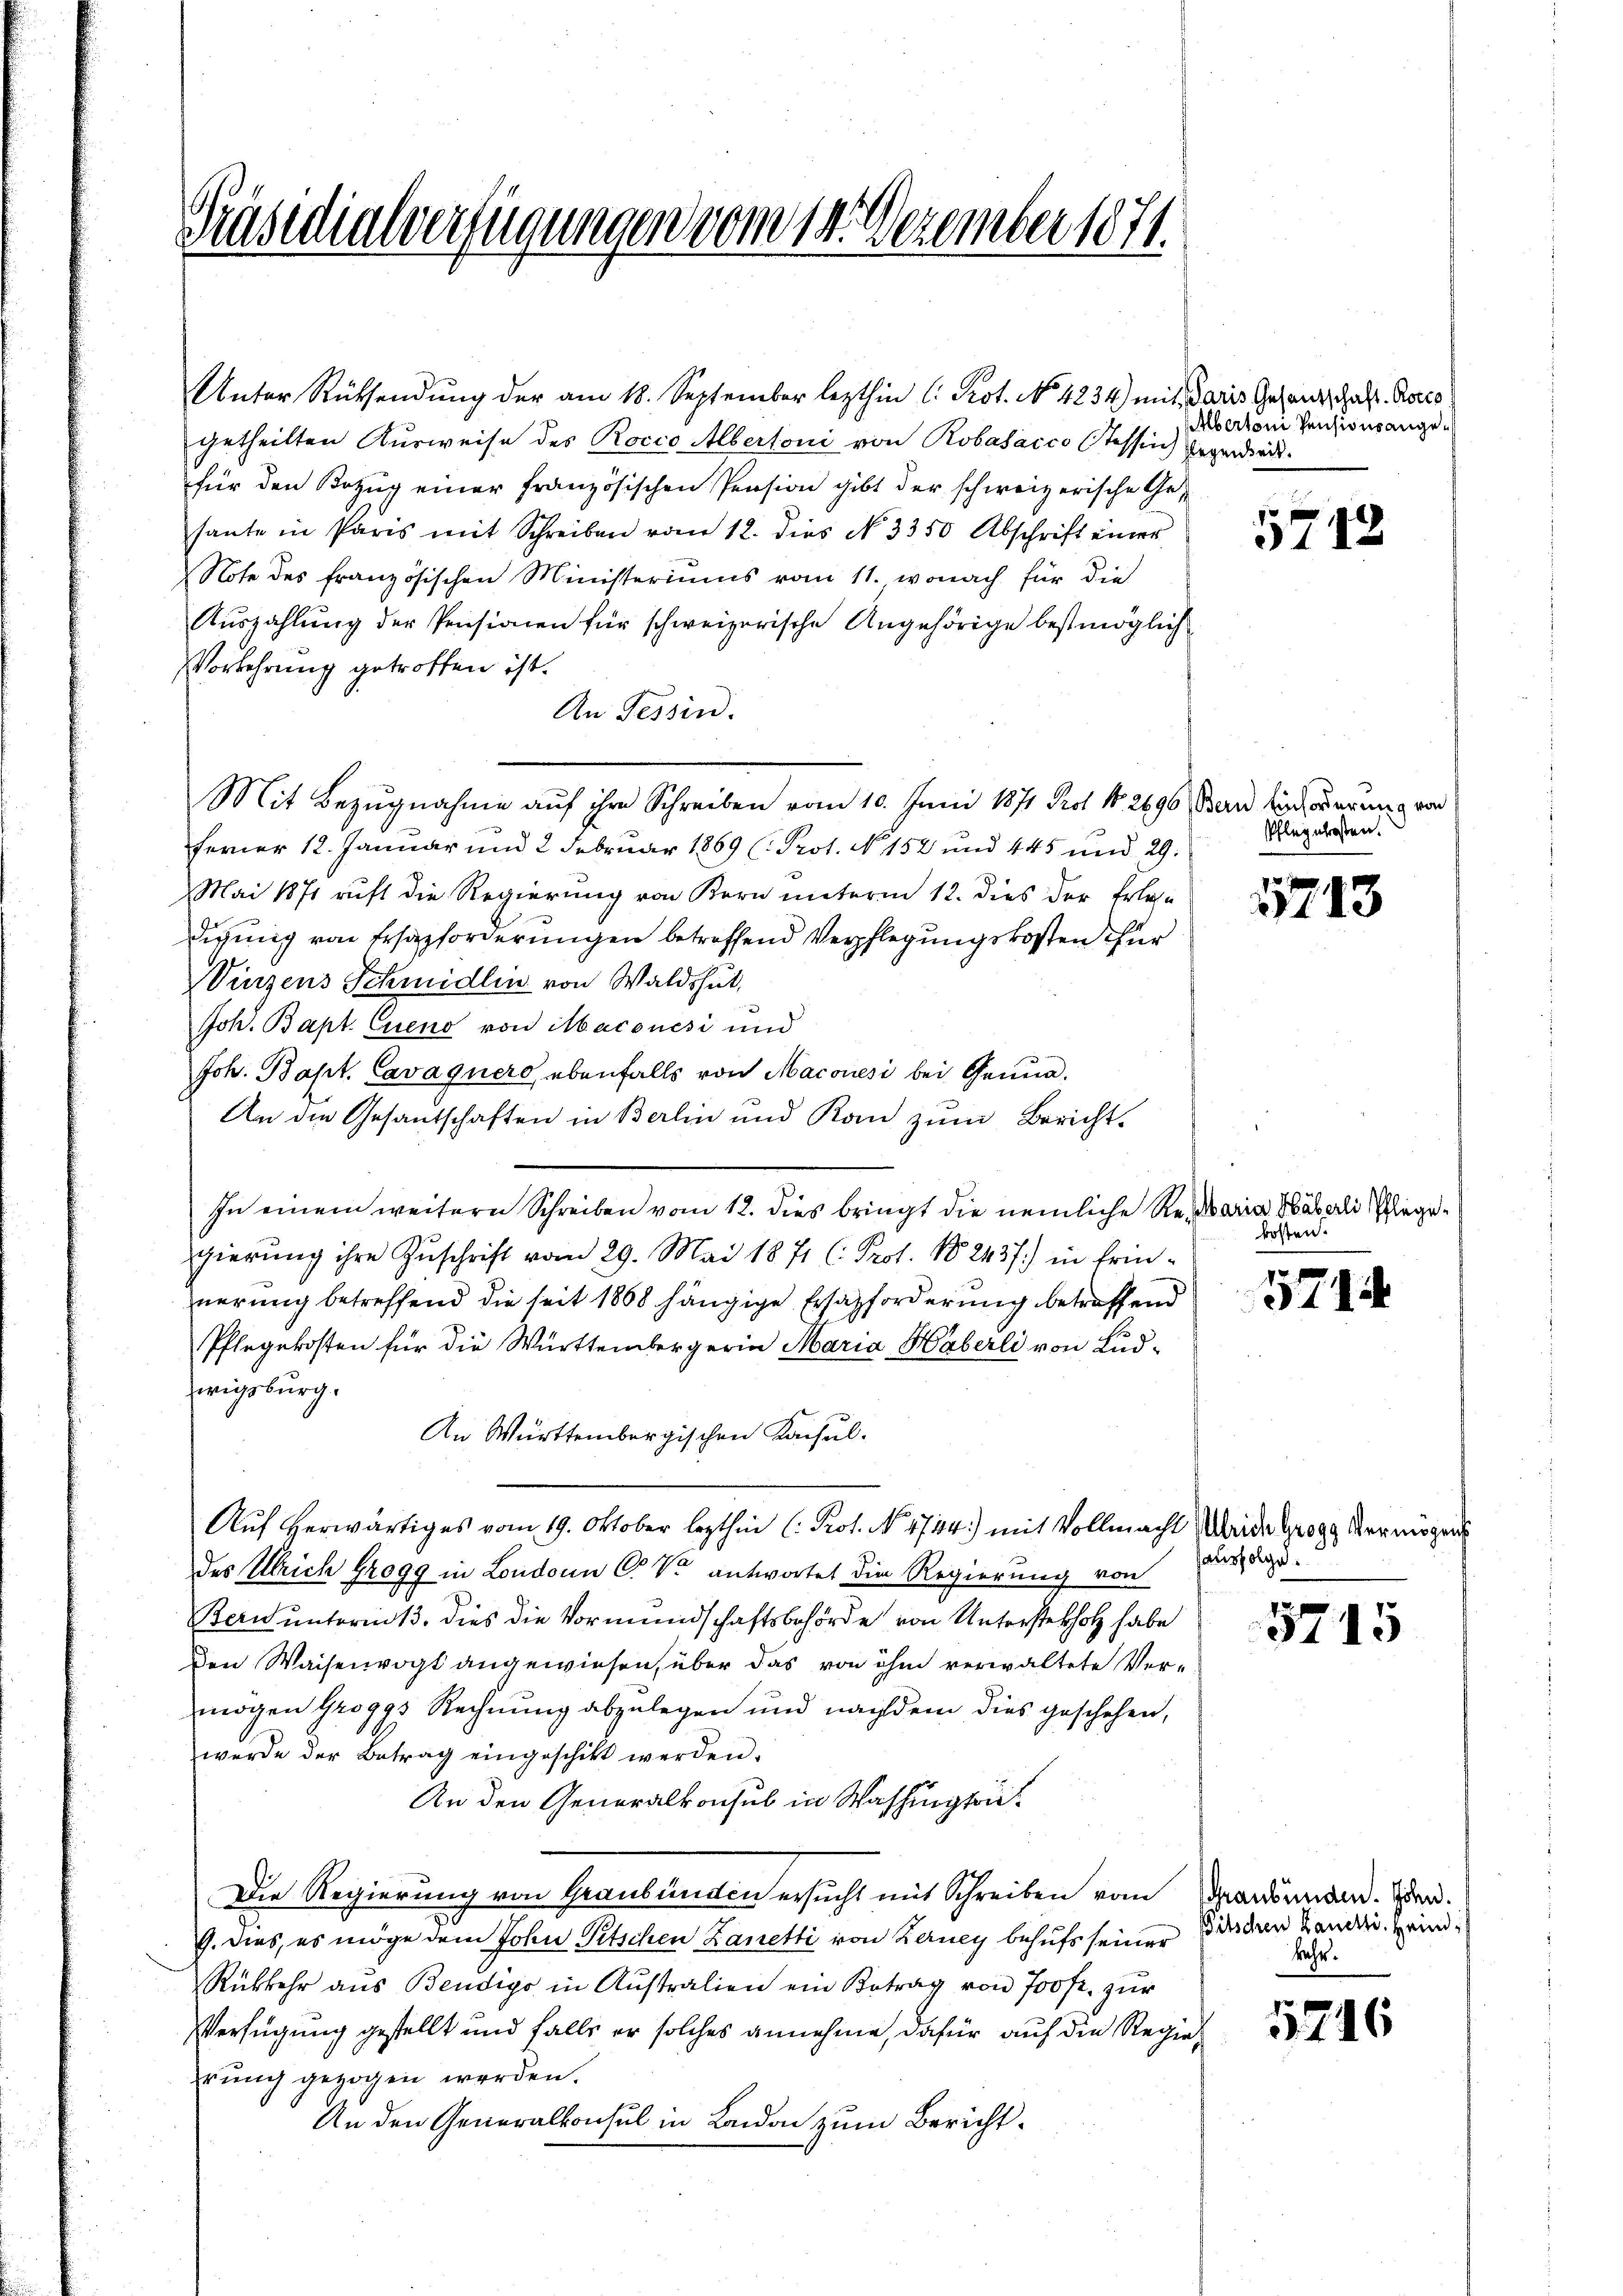
Präsidialverfügungen vom 14. Dezember 1871.

Unter Rücksendung der am 18. September lezthin l. Kot. No. 4234) mit daris Gesandschaft. Recto
getheilten Ausweise des Rocco Albertoni von Robasacco stessen) Gegensackfür den Bezug einer französischen Pension gibt der schweizerische Gesante in Paris mit Schreiben vom 12. dies N. 3350 Abschrift einer
Note des französischen Ministeriums vom 11., wonach für die
Auszahlung der Pensionen für schweizerische Angehörige bestmöglich
Vorkehrung getroffen ist.
An Tessin.
Mit Bezugnahme auf ihre Schreiben vom 10. Juni 1871 Prot. No 2690 Band ein oderung von
ferner 12. Januar und 2 Februar 1869 (Prot. No 152 und 445 und 29.
Mai 1871 ruft die Regierung von Kern unterm 12. dies der Erlas
digung von Ersazforderungen betreffend Verpflegungskosten für
Vinzens Schmidlin von Waldshut,
Joh. Bapt. Queno von Maconési und
Joh. Bapt. Cavagners, ebenfalls von Maconesi bei Genua¬
An die Gesandschaften in Berlin und Kan zum Bericht.
In einem weitern Schreiben vom 12. dies bringt die nemliche Remaria Häberli Pflegegierung ihre Zuschrift vom 29. Mai 1871 (: Prot. 182437) in Erin-
nerung betreffend die seit 1868 hängige Ersatzforderung betreffend
Pflegekosten für die Württembergerin Maria Häberli von Ludwigsburg.
An Württembergischen Konsul
Auf herwärtiges vom 19. Oktober lezthin (: Prot. No. 4744) mit Vollmacht
des Ulrich Grogg in Londonn C. V. antwortet die Regierung von
Bern unterm 13. dies die Vormundschaftsbehörde von Unterstekholz habe
Den Waisenvogt angewiesen, über das von ihm verwaltete Vermögen Groggs Rechnung abzulegen und nachdem dies geschehen,
werde der Betrag eingeschikt werden.
An den Generalkonsul in Washingti¬
Die Regierung von Graubünden ersucht mit Schreiben vom
G. dies, es möge dem John Pitschen Zanetti von Kerney behufs seiner
Rükkehr aŭs Bendigo in Aŭstralien ein Betrag von 700fr. zur
Verfügung gestellt und falls er solches annehme, dafür auf die Regiehrung gezogen werden.
An den Generalkonsul in London zum Bericht.

Albertoni Pensionsange¬

Pflegekosten.

kosten.

5712

5713

5794

Ulrich Grogg Vermögens
dausfolge.

5715

Graubünden. John.
itschen Zanetti. Heim
kehr.

5246